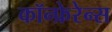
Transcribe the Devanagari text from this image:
कॉन्फ्रेरेन्स